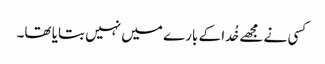
کسی نے مجھے خُدا کے بارے میں نہیں بتایا تھا۔